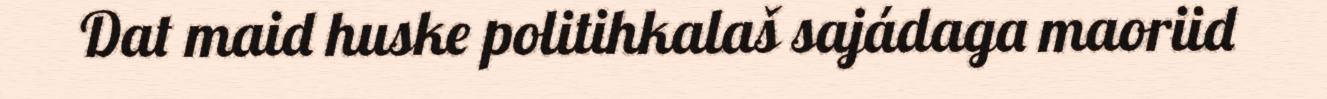
Dat maid huske politihkalaš sajádaga maoriid